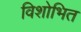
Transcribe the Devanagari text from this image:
विशोभित